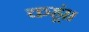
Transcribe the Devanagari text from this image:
कहूं॥